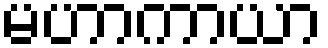
မဟာကာယာ